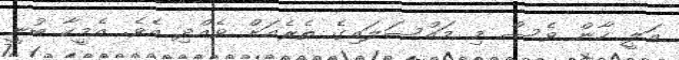
އަލީ ހާން ވެސް މި މައްސަލައިގެ ތެރެއަށް ވެއްދި އެވެ. އެމީހާ ބުނީ